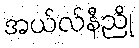
အယ်လ်နီညို